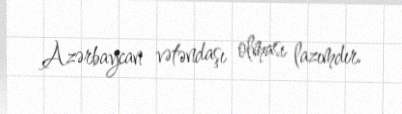
Azərbaycan vətəndaşı olması lazımdır.